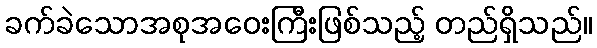
ခက်ခဲသောအစုအဝေးကြီးဖြစ်သည့် တည်ရှိသည်။